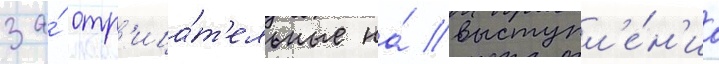
за́ отр'ица́т'ельные на́ выступл'е́н'иа